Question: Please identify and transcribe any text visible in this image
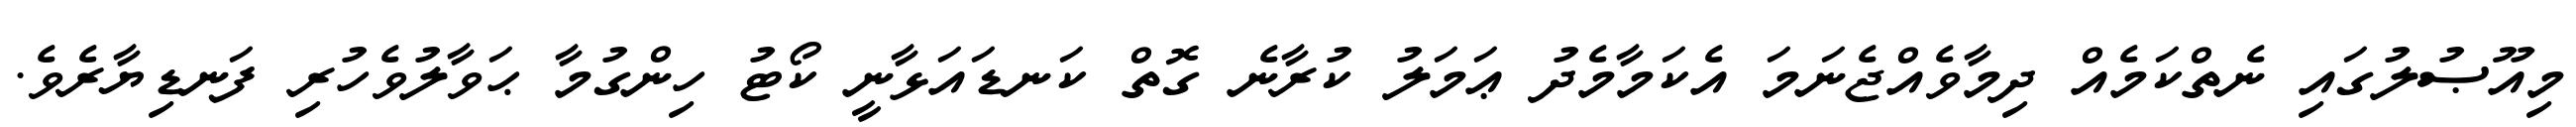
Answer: މިއޫޞުލުގައި ނެތްކަމެއް ދިމާވެއްޖެނަމަ އެކަމާމެދު ޢަމަލު ކުރާނެ ގޮތް ކަނޑައަޅާނީ ކޯޓު ހިންގުމާ ޙަވާލުވެހުރި ފަނޑިޔާރެވެ.